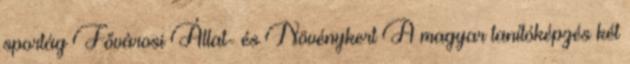
sportág Fővárosi Állat- és Növénykert A magyar tanítóképzés két